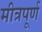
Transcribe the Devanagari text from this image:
मीत्रपूर्ण